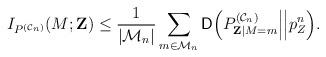
LaTeX: \begin{align*}I_{P^{(\mathcal{C}_n)}}(M;\mathbf{Z})\leq\frac{1}{|\mathcal{M}_n|}\sum_{m\in\mathcal{M}_n}\mathsf{D}\Big(P^{(\mathcal{C}_n)}_{\mathbf{Z}|M=m}\Big|\Big|p^n_Z\Big).\end{align*}